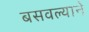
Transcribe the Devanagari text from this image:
बसवल्याने